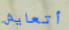
أتعايش